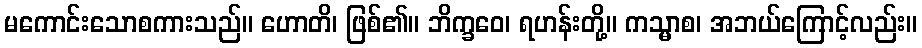
မကောင်းသောစကားသည်။ ဟောတိ၊ ဖြစ်၏။ ဘိက္ခဝေ၊ ရဟန်းတို့။ ကသ္မာစ၊ အဘယ်ကြောင့်လည်း။